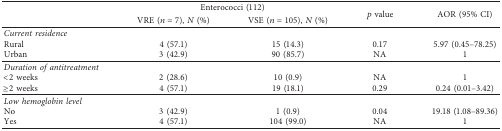
<table><thead><tr><td rowspan="2"><b> </b></td><td colspan="2"><b>Enterococci (112)</b></td><td rowspan="2"><b><i>p</i> value</b></td><td rowspan="2"><b>AOR (95% CI)</b></td></tr><tr><td><b>VRE (<i>n</i>=7), <i>N</i> (%)</b></td><td><b>VSE (<i>n</i>=105), <i>N</i> (%)</b></td></tr></thead><tbody><tr><td><i>Current residence</i></td><td colspan="4"> </td></tr><tr><td>Rural</td><td>4 (57.1)</td><td>15 (14.3)</td><td>0.17</td><td>5.97 (0.45–78.25)</td></tr><tr><td>Urban</td><td>3 (42.9)</td><td>90 (85.7)</td><td>NA</td><td>1</td></tr><tr><td><i>Duration of antitreatment</i></td><td colspan="4"> </td></tr><tr><td>&lt;2 weeks</td><td>2 (28.6)</td><td>10 (0.9)</td><td>NA</td><td>1</td></tr><tr><td>≥2 weeks</td><td>4 (57.1)</td><td>19 (18.1)</td><td>0.29</td><td>0.24 (0.01–3.42)</td></tr><tr><td><i>Low hemoglobin level</i></td><td colspan="4"> </td></tr><tr><td>No</td><td>3 (42.9)</td><td>1 (0.9)</td><td>0.04</td><td>19.18 (1.08–89.36)</td></tr><tr><td>Yes</td><td>4 (57.1)</td><td>104 (99.0)</td><td>NA</td><td>1</td></tr></tbody></table>